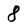
Character: 8